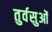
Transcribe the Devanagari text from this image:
तुर्वसुओं